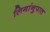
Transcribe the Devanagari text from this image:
लिगांनुपात